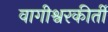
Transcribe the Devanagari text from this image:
वागीश्वरकीर्ती